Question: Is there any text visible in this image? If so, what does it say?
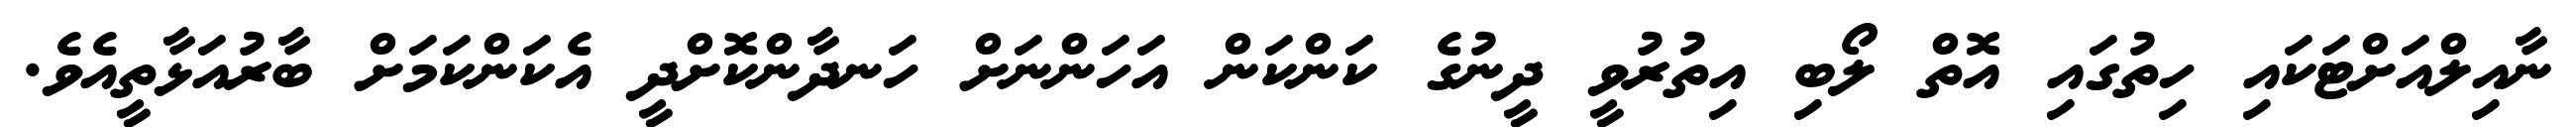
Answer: ނާއިލްއަށްޓަކައި ހިތުގައި އޮތް ލޯބި އިތުރުވީ ދީނުގެ ކަންކަން އަހަންނަށް ހަނދާންކޮށްދީ އެކަންކަމަށް ބާރުއަޅާތީއެވެ.